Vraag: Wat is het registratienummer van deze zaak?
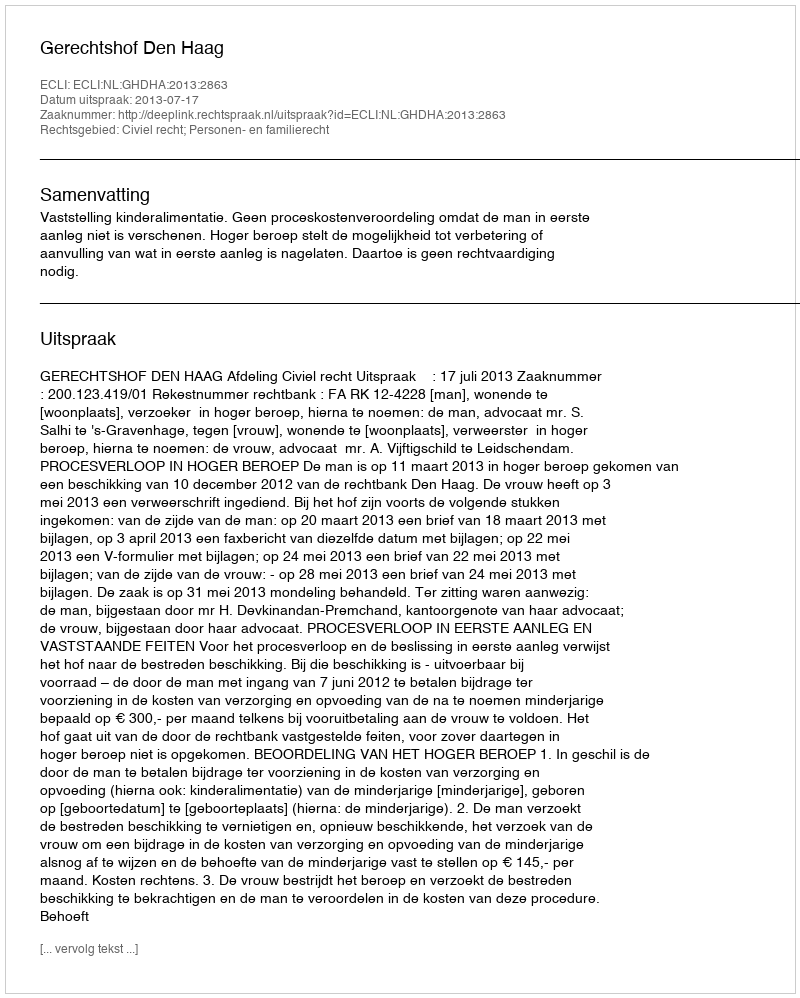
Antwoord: http://deeplink.rechtspraak.nl/uitspraak?id=ECLI:NL:GHDHA:2013:2863